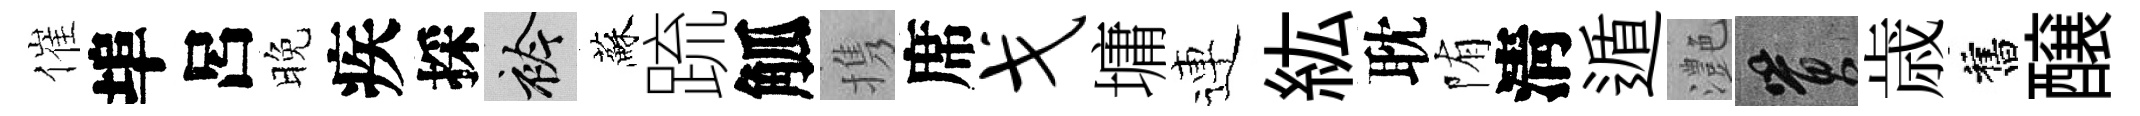
催埠呂晚疾採衿蘇䟽觚携席戈墉連紘耽陏淸遁灔篔歳舊醸